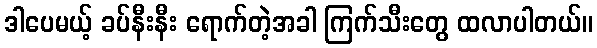
ဒါပေမယ့် ခပ်နီးနီး ရောက်တဲ့အခါ ကြက်သီးတွေ ထလာပါတယ်။